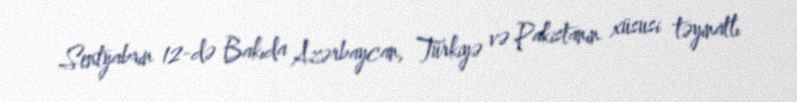
Sentyabrın 12-də Bakıda Azərbaycan, Türkiyə və Pakistanın xüsusi təyinatlı